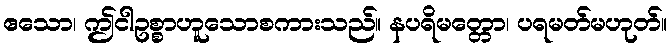
ဧသော၊ ဤငါဥစ္စာဟူသောစကားသည်။ နပရိမတ္တော၊ ပရမတ်မဟုတ်။